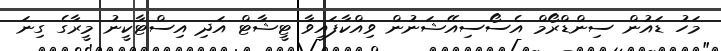
މަހު ޑައުން ސިންޑްރޯމް އެސޯސިއޭޝަނުން ވިއްކާފައިވާ ޓީޝާޓް އަދި އިސްޓާކީނު މީރާގެ ގިނަ